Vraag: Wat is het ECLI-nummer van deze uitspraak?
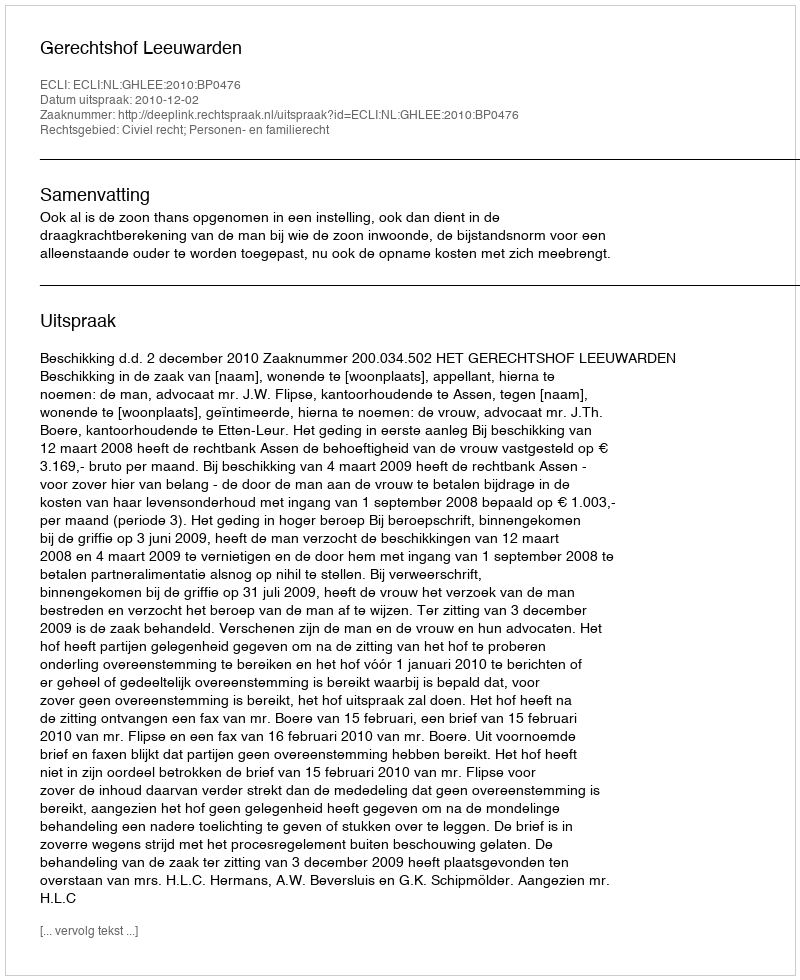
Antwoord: ECLI:NL:GHLEE:2010:BP0476